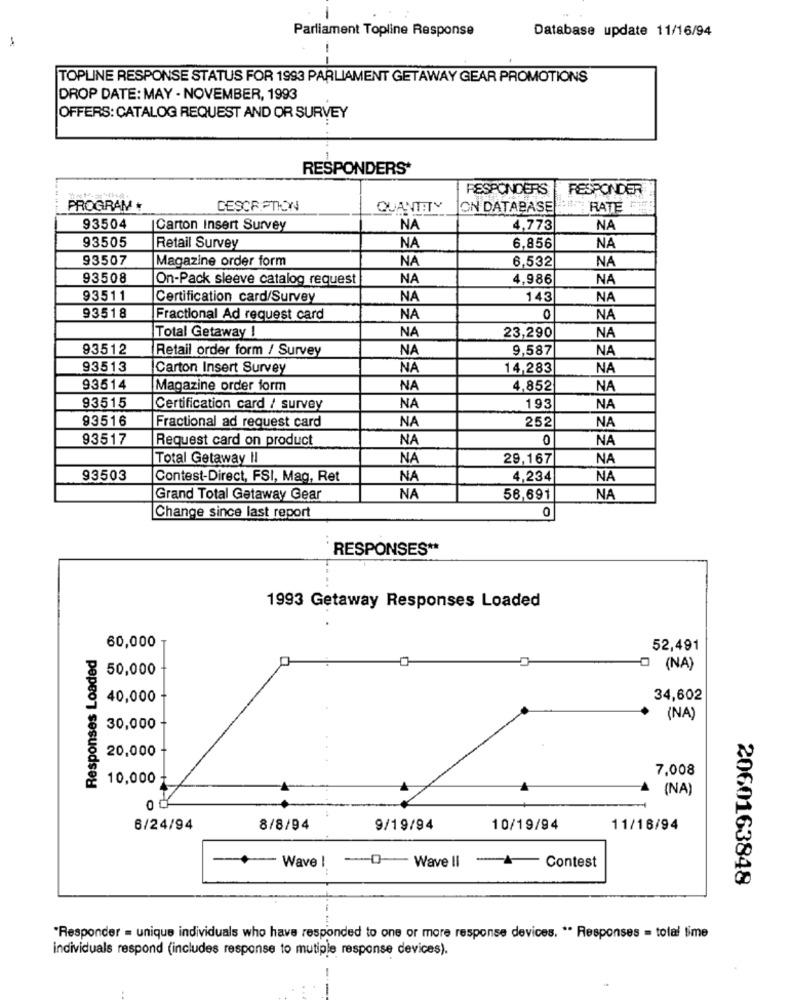
Parliament Topline Response
Database update 11/16/94
-
---
TOPLINE RESPONSE STATUS FOR 1993 PARLIAMENT GETAWAY GEAR PROMOTIONS
DROP DATE: MAY - NOVEMBER, 1993
OFFERS: CATALOG REQUEST AND OR SURVEY
RESPONDERS*
RESPONDERS
RESPONDER
PROGRAM+
CESCRIPTION
QUANTITY
ON DATABASE
RATE
93504
Carton Insert Survey
NA
4,773
NA
93505
NA
NA
Retail Survey
6,856
93507
Magazine order form
NA
6,532
NA
93508
On-Pack sleeve catalog request
NA
4,986
NA
93511
Certification card/Survey
NA
143
NA
93518
Fractional Ad request card
NA
O
NA
NA
23,290
Total Getaway !
NA
93512
Retail order form / Survey
NA
9,587
NA
93513
Carton Insert Survey
NA
14,283
NA
93514
Magazine order form
NA
4,852
NA
93515
Certification card / survey
NA
193
NA
93516
NA
252
NA
Fractional ad request card
93517
Request card on product
NA
0
NA
Total Getaway Il
NA
29,167
NA
93503
Contest-Direct, FSI, Mag, Ret
NA
4,234
NA
Grand Total Getaway Gear
NA
56,691
NA
0
Change since last report
RESPONSES **
1993 Getaway Responses Loaded
60,000
Responses Loaded
52,491
50,000
3 (NA)
40,000
34,602
(NA)
30,000
20,000
7,008
10,000
(NA)
0
6/24/94
8/8/94
9/19/94
10/19/94
11/16/94
+Wave | -O-Wavell - Contest
2060163848
"Responder = unique individuals who have responded to one or more response devices. ** Responses = total time
individuals respond (includes response to mutiple response devices).
-
-